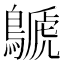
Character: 鷈